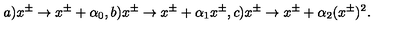
a ) x ^ { \pm } \rightarrow x ^ { \pm } + \alpha _ { 0 } , b ) x ^ { \pm } \rightarrow x ^ { \pm } + { \alpha _ { 1 } } x ^ { \pm } , c ) x ^ { \pm } \rightarrow { x ^ { \pm } } + \alpha _ { 2 } ( x ^ { \pm } ) ^ { 2 } .